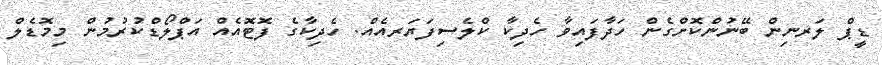
ޑީޕް ލަރނިން ބޭނުންކޮށްގެން ހަދާފައިވާ ހެދިކާ ކްލެސިފަޔަރއެއް. ހެދިކާގެ ފޮޓޮއެއް އަޕްލޯޑްކުރުމުން މިމޮޑެލް